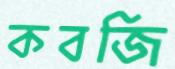
কবজি